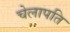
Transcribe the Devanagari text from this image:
चेलापति